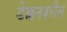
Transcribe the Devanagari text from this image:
डेक्कनवरील